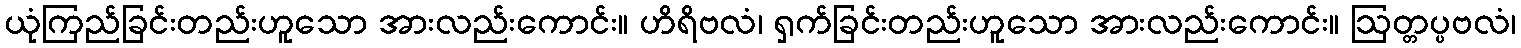
ယုံကြည်ခြင်းတည်းဟူသော အားလည်းကောင်း။ ဟိရိဗလံ၊ ရှက်ခြင်းတည်းဟူသော အားလည်းကောင်း။ ဩတ္တပ္ပဗလံ၊